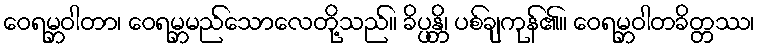
ဝေရမ္ဘဝါတာ၊ ဝေရမ္ဘမည်သောလေတို့သည်။ ခိပ္ပန္တိ၊ ပစ်ချကုန်၏။ ဝေရမ္ဘဝါတခိတ္တဿ၊